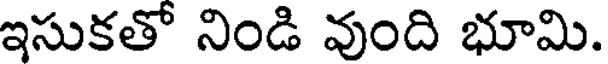
ఇసుకతో నిండి వుంది భూమి.